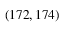
( 1 7 2 , 1 7 4 )